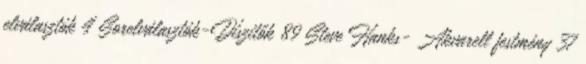
elválasztók 4 Sorelválasztók-Díszitők 89 Steve Hanks- Akvarell festmény 37